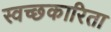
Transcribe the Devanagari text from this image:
स्वच्छकारिता